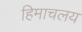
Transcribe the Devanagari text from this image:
हिमाचलय